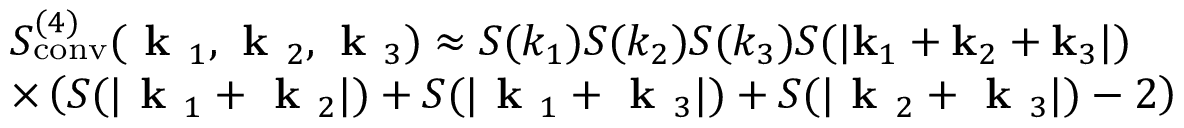
\begin{array} { r l } & { S _ { \mathrm { c o n v } } ^ { ( 4 ) } ( \textbf { k } _ { 1 } , \textbf { k } _ { 2 } , \textbf { k } _ { 3 } ) \approx S ( k _ { 1 } ) S ( k _ { 2 } ) S ( k _ { 3 } ) S ( | \mathbf { k } _ { 1 } + \mathbf { k } _ { 2 } + \mathbf { k } _ { 3 } | ) } \\ & { \times \left( S ( | \textbf { k } _ { 1 } + \textbf { k } _ { 2 } | ) + S ( | \textbf { k } _ { 1 } + \textbf { k } _ { 3 } | ) + S ( | \textbf { k } _ { 2 } + \textbf { k } _ { 3 } | ) - 2 \right) } \end{array}